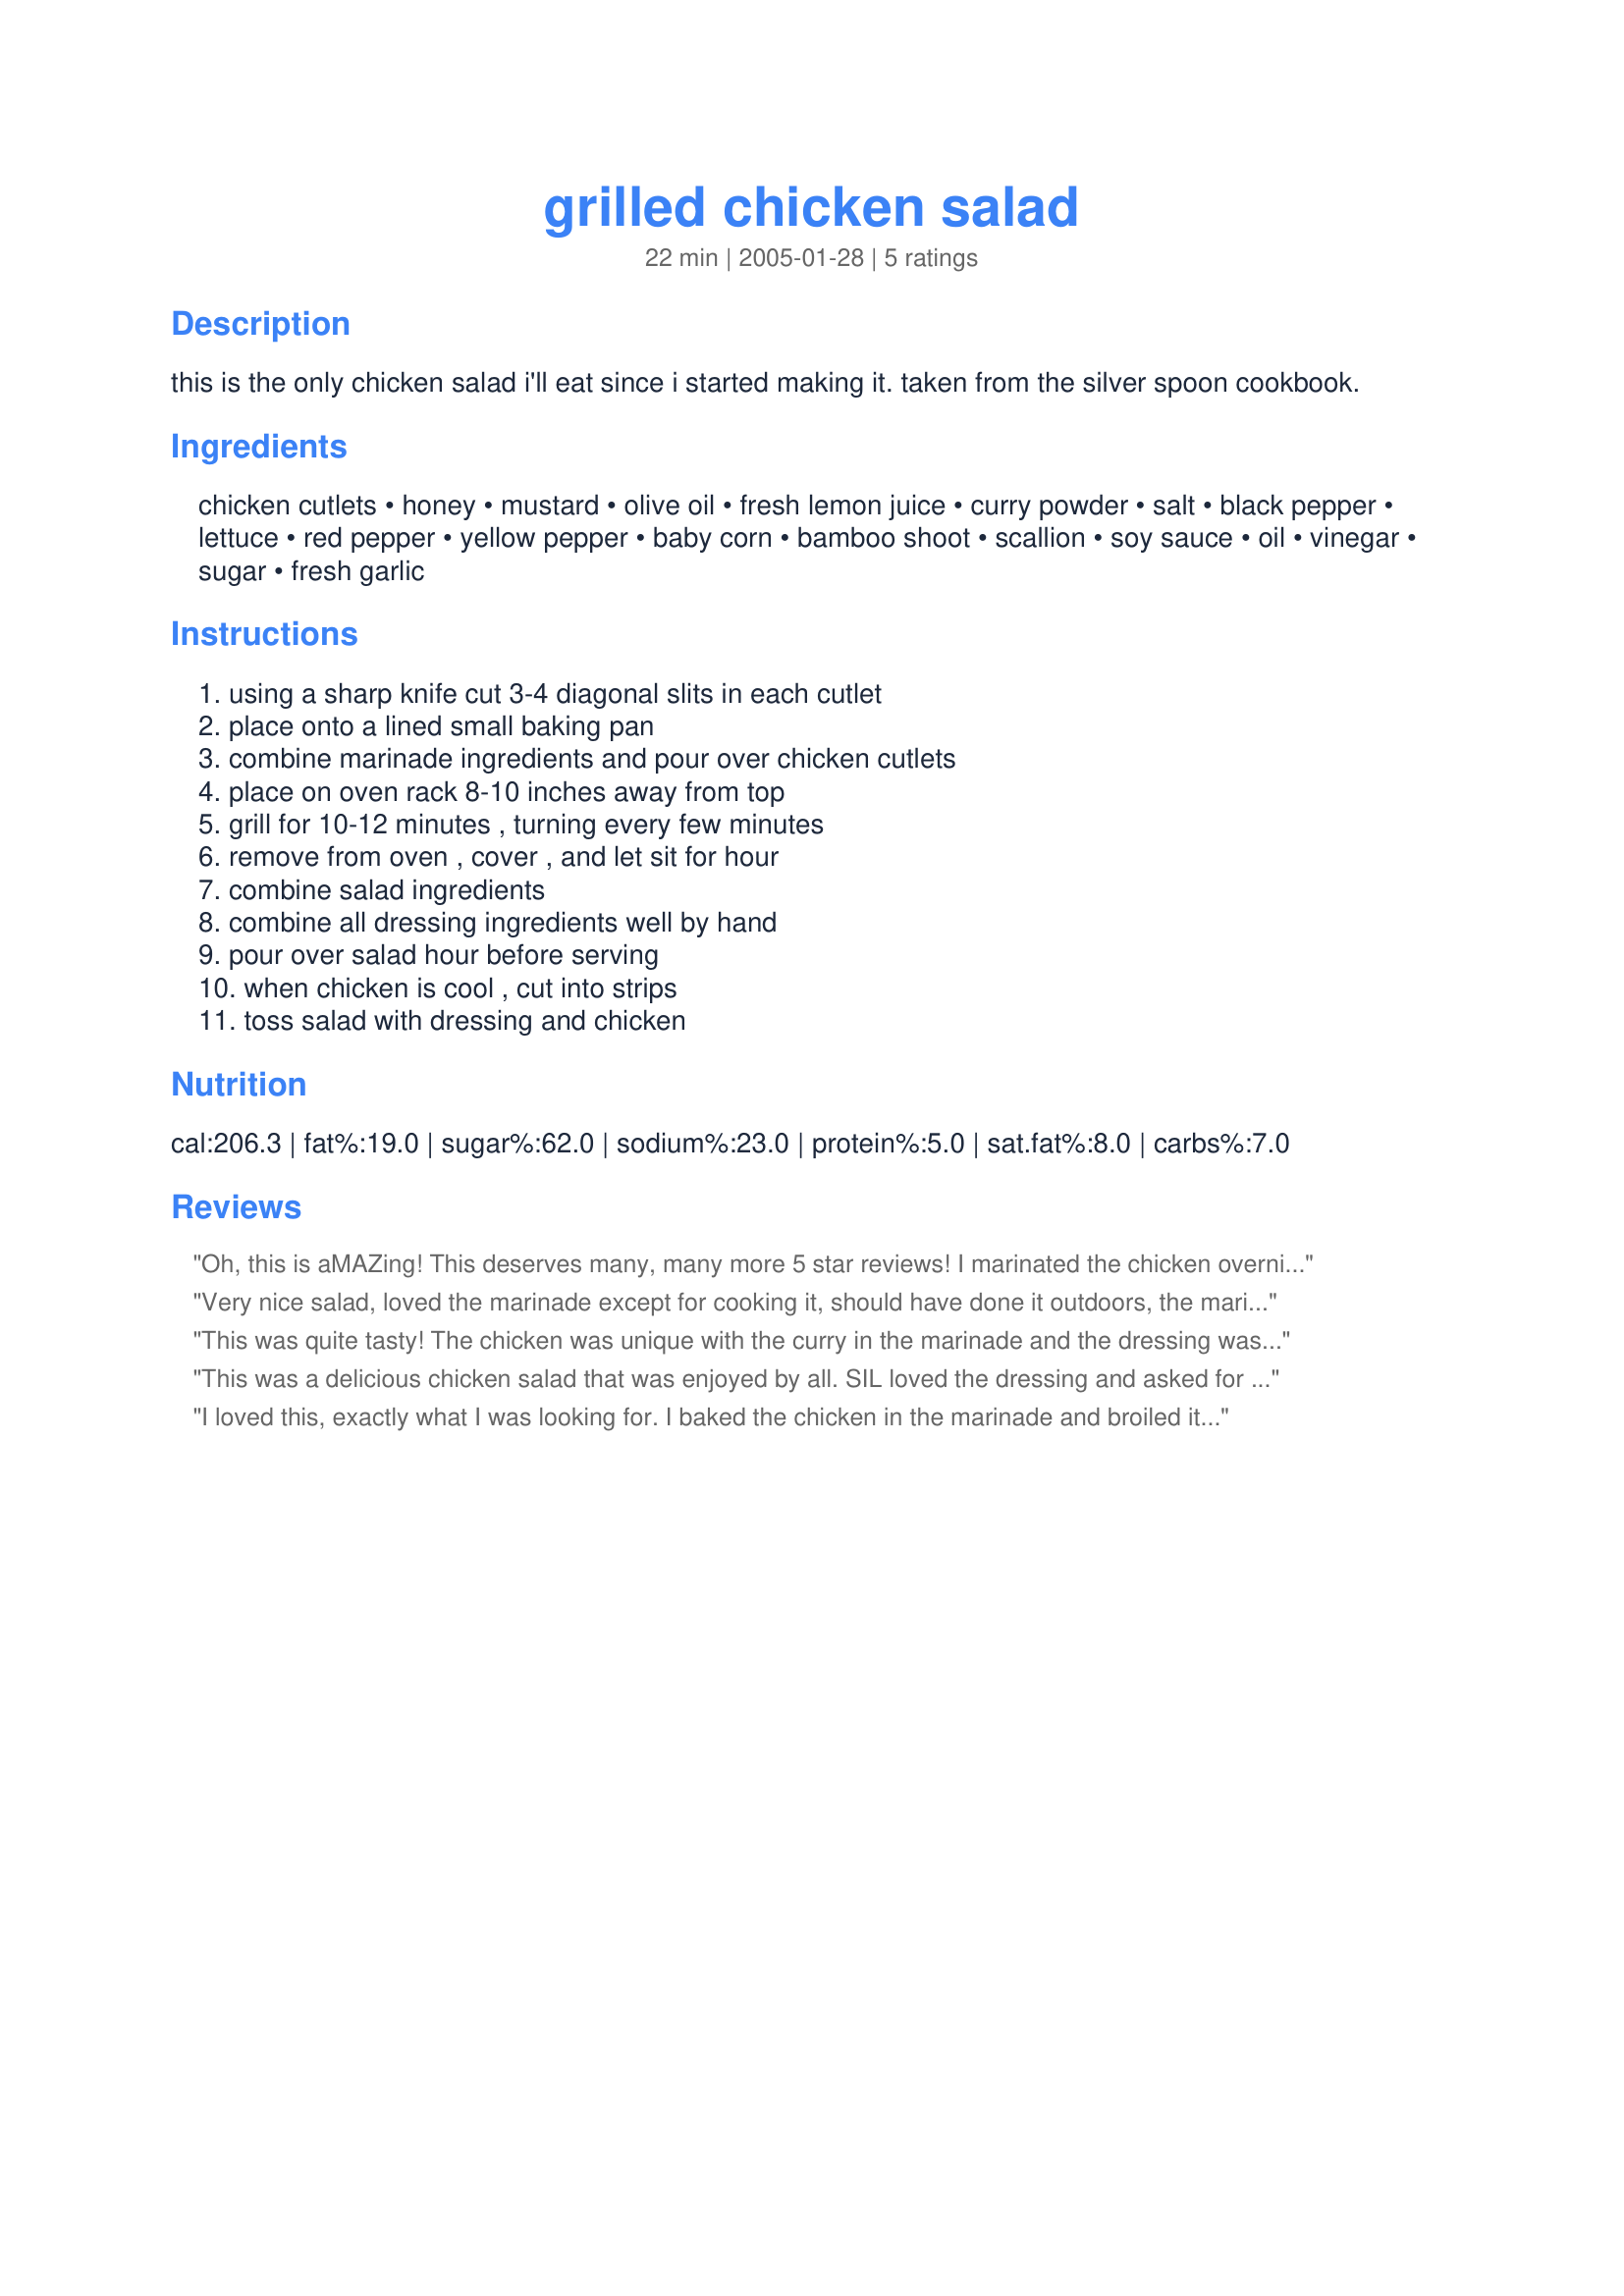
grilled chicken salad
Preparation time: 22 minutes

this is the only chicken salad i'll eat since i started making it. taken from the silver spoon cookbook.

Ingredients:
chicken cutlets, honey, mustard, olive oil, fresh lemon juice, curry powder, salt, black pepper, lettuce, red pepper, yellow pepper, baby corn, bamboo shoot, scallion, soy sauce, oil, vinegar, sugar, fresh garlic

Steps:
using a sharp knife cut 3-4 diagonal slits in each cutlet, place onto a lined small baking pan, combine marinade ingredients and pour over chicken cutlets, place on oven rack 8-10 inches away from top, grill for 10-12 minutes , turning every few minutes, remove from oven , cover , and let sit for hour, combine salad ingredients, combine all dressing ingredients well by hand, pour over salad hour before serving, when chicken is cool , cut into strips, toss salad with dressing and chicken

Reviews:
Oh, this is aMAZing! This deserves many, many more 5 star reviews! I marinated the chicken overnight and grilled it on a George Foreman grill. It was very, very flavorful, and complemented the dressing perfectly! I can make a large amount of this, and serve it alone for dinner. (use whatever fresh veggies are on hand) (I think it would be just fine with half the amount of garlic in the dressing)
Very nice salad, loved the marinade except for cooking it, should have done it outdoors, the marinade burns around the chicken and filled the house with smoke before I realized and turned on the fan!! Once the smoke cleared the chicken was definately good tasting!!, I had no red or yellow pepper around, they are quite expensive around here this time of year so I used just green pepper; the baby corn was very nice change. I cut back on the sugar,(used splenda),in the dressing to about half called for, it turned out fine but a little tart which we like. We did like the taste of the chicken a lot, just the right amount of curry and we will make it again, next time on the bbq outside. I used 2 chicken breast halves and instead of tossing the chicken in the salad we just laid it across the top and since I didn't have the colour of the peppers I added some tomato wedges on the side of the salad. Thanks for sharing an ejoyable meal!
This was quite tasty! The chicken was unique with the curry in the marinade and the dressing was kinda sweet but kinda tart. The combination of flavors when you put the two together made for a very enjoyable and definately not boring salad! Pouring the marinade over the chicken and baking it at 450 degrees does make it smoke a little but the chicken is just fine and was cooked perfect after the 30 minute rest. We will have this again!
This was a delicious chicken salad that was enjoyed by all. SIL loved the dressing and asked for the recipe.
I loved this, exactly what I was looking for. I baked the chicken in the marinade and broiled it at the end. I cut back on the sugar in the dressing just because of personal preference. Even my two year old licked her plate clean. I will definitely make this again!
